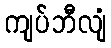
ကျပ်ဘီလျံ